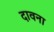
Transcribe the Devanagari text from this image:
दावना